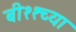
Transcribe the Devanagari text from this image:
बी११च्या